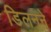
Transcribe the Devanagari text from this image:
डिलनने